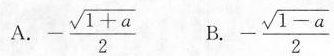
A.$$- \frac { \sqrt { 1 + a } } { 2 }$$ B.$$- \frac { \sqrt { 1 - a } } { 2 }$$